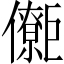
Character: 𱜜